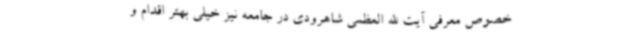
خصوص معرفی آیت الله العظمی شاهرودی در جامعه نیز خیلی بهتر اقدام و